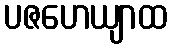
ပဇဟေယျာထ